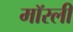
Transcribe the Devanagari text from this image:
मॉरली